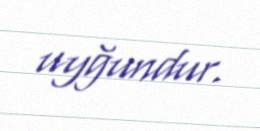
uyğundur.